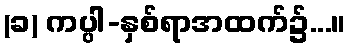
(ခ) ကပ္ပါ-နှစ်ရာအထက်၌...။